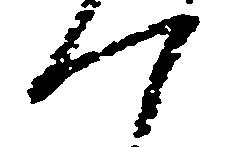
つ